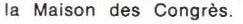
la Maison des Congrès.